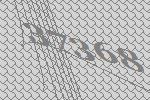
37368